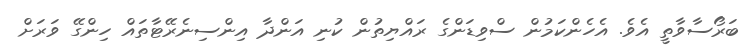
ބަރޯސާވާތީ އެވެ. އެހެންކަމުން ސްވިޑަންގެ ރައްޔިތުން ކުނި އަންދާ އިންސިނެރޭޓާތައް ހިންގޭ ވަރަށް